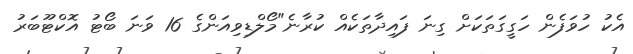
އެކު ހުވަފެން ހަގީގަތަކަށް ގިނަ ފައިދާތަކެއް ކުރާނެ"މޯލްޑިވިއަންގެ 16 ވަނަ ބޯޓު އޮކްޓޫބަރު